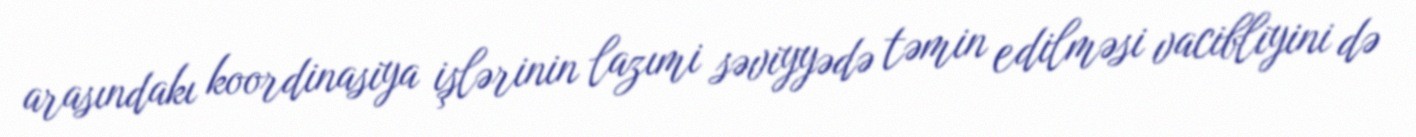
arasındakı koordinasiya işlərinin lazımi səviyyədə təmin edilməsi vacibliyini də